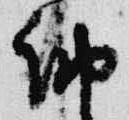
納